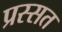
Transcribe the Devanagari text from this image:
प्रस्सत